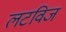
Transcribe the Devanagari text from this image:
लटविज